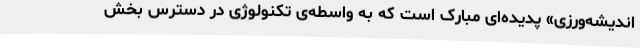
اندیشه‌ورزی» پدیده‌ای مبارک است که به واسطه‌ی تکنولوژی در دسترس بخش